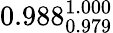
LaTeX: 0.988_{0.979}^{1.000}